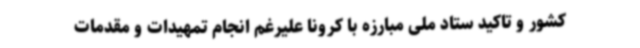
کشور و تاکید ستاد ملی مبارزه با کرونا علیرغم انجام تمهیدات و مقدمات